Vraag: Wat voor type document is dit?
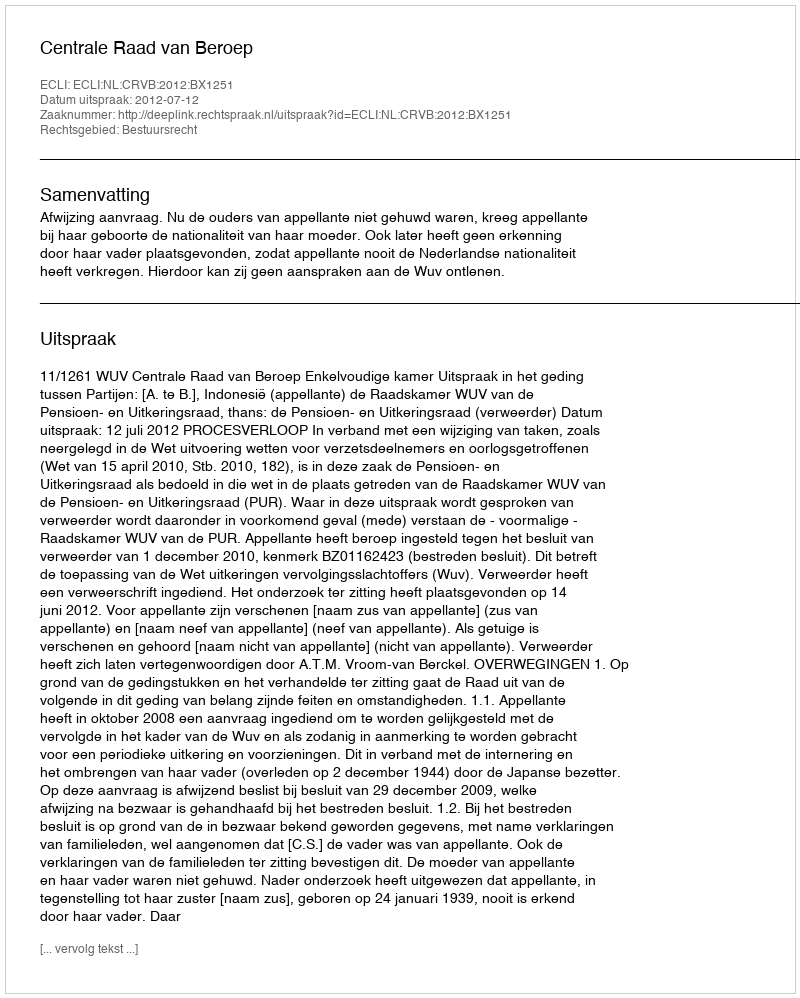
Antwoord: Uitspraak